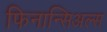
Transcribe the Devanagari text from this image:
फिनान्सिअल्स